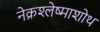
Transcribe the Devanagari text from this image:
नेक्रश्लेष्माशोथ